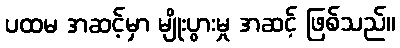
ပထမ အဆင့်မှာ မျိုးပွားမှု အဆင့် ဖြစ်သည်။